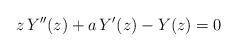
LaTeX: \begin{align*} z\,Y''(z)+a\,Y'(z)-Y(z)=0\end{align*}